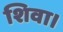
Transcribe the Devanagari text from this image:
शिवा।